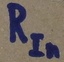
Text: RIn